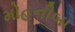
મોહનીબા